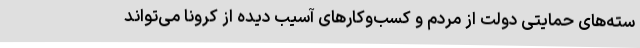
سته‌های حمایتی دولت از مردم و کسب‌وکارهای آسیب دیده از کرونا می‌تواند